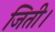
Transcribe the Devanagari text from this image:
जिती।